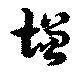
增